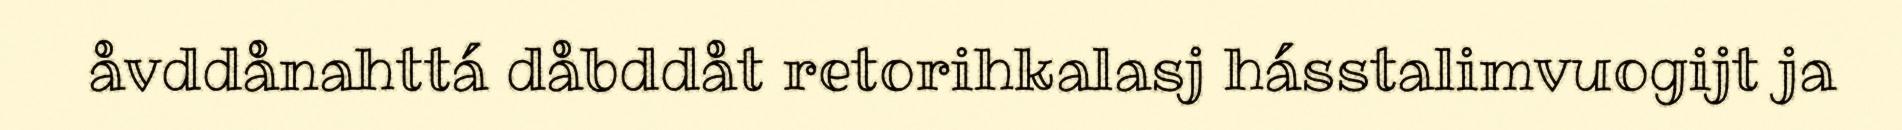
åvddånahttá dåbddåt retorihkalasj hásstalimvuogijt ja